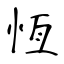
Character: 恆